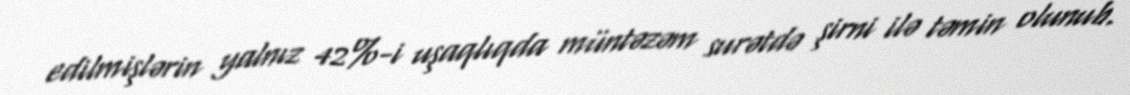
edilmişlərin yalnız 42%-i uşaqlıqda müntəzəm surətdə şirni ilə təmin olunub.